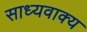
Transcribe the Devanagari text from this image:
साध्यवाक्य